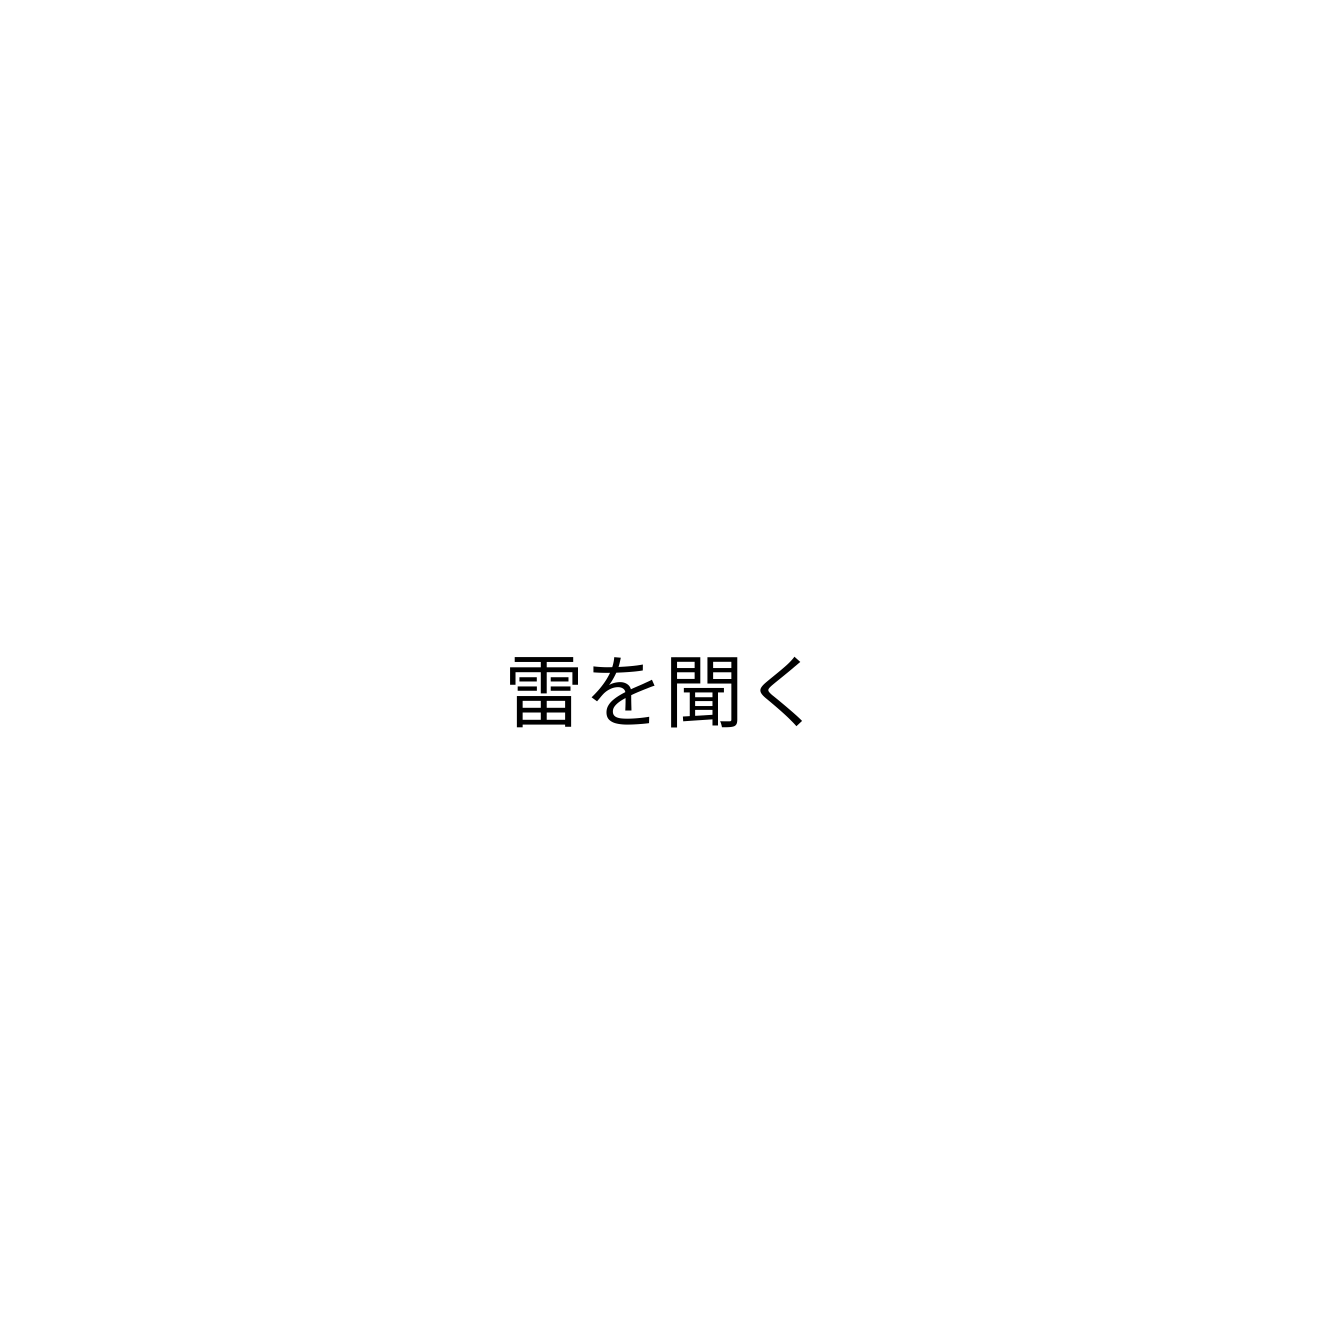
雷を聞く